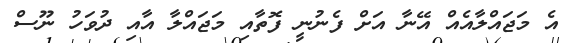
އެ މަޖައްލާއެއް އޭނާ އަށް ފެނުނީ ފޮތާއި މަޖައްލާ އާއި ދުވަހު ނޫސް